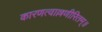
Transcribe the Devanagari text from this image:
कारणत्वाल्लणीरितम्॥